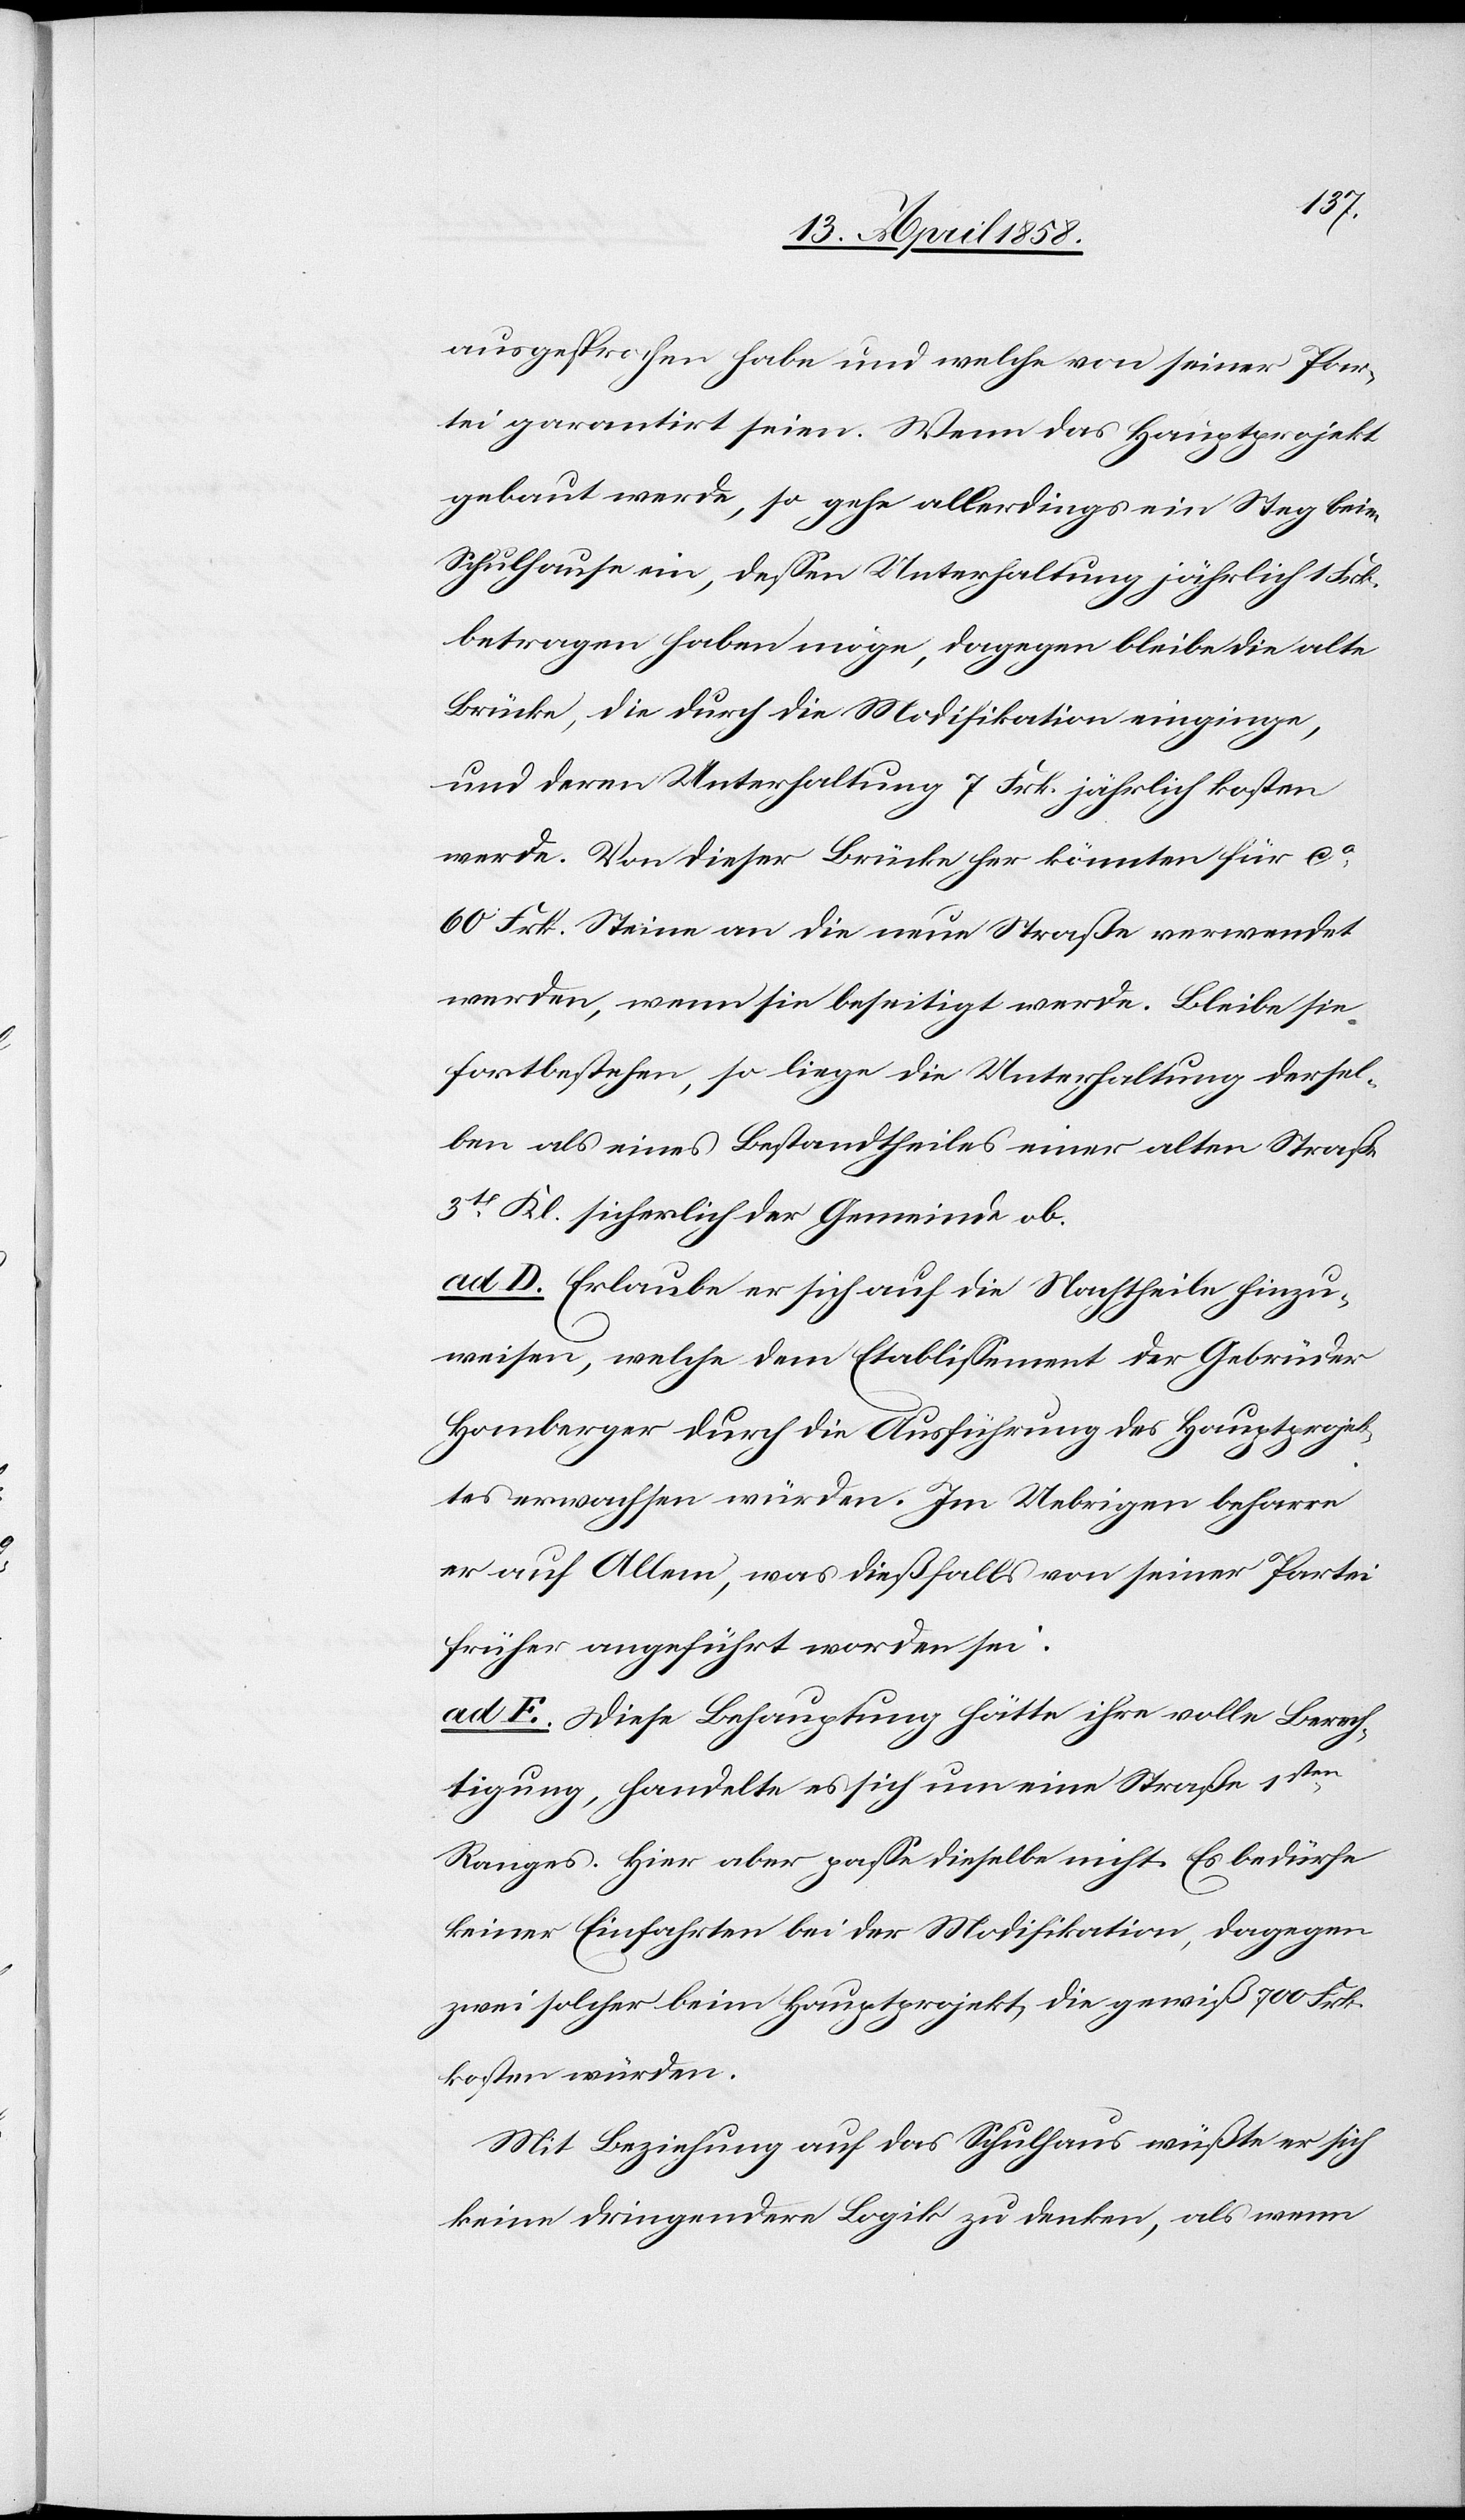
ausgesprochen habe und welche von seiner Par¬
tei garantirt seien. Wenn das Hauptprojekt
gebaut werde, so gehe allerdings ein Steg beim
Schulhause ein, dessen Unterhaltung jährlich 1 Frk.
betragen haben möge, dagegen bleibe die alte
Brücke, die durch die Modifikation einginge,
und deren Unterhaltung 7 Frk. jährlich kosten
werde. Von dieser Brücke her könnten für ca
60 Frk. Steine an die neue Straße verwendet
werden, wenn sie beseitigt werde. Bleibe sie
fortbestehen, so liege die Unterhaltung dersel¬
ben als eines Bestandtheiles einer alten Straße
3tr Klasse sicherlich der Gemeinde ob.
ad D. Erlaube er sich auf die Nachtheile hinzu¬
weisen, welche dem Etablissement der Gebrüder
Homberger durch die Ausführung des Hauptprojek¬
tes erwachsen würden. Im Uebrigen beharre
er auf Allem, was dießfalls von seiner Partei
früher angeführt worden sei.
ad E. Diese Behauptung hätte ihre volle Berech¬
tigung, handelte es sich um eine Straße 1sten
Ranges. Hier aber passe dieselbe nicht. Es bedürfe
keiner Einfachen bei der Modifikation, dagegen
zwei solcher beim Hauptprojekt, die gewiß 700 Frk.
kosten würden.
Mit Beziehung auf das Schulhaus wüßte er sich
keine dringendere Logik zu denken, als wenn